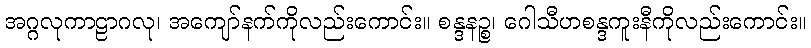
အဂ္ဂလုကာဠာဂလု၊ အကျော်နက်ကိုလည်းကောင်း။ စန္ဒနဉ္စ၊ ဂေါသီဟစန္ဒကူးနီကိုလည်းကောင်း။